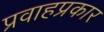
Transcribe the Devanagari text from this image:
प्रवाहप्रकार